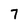
Character: 7